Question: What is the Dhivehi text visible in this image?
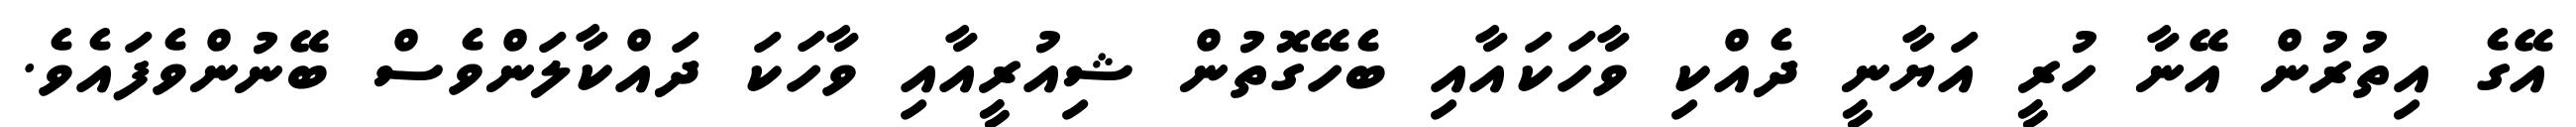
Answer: އޭގެ އިތުރުން އޭނާ ހުރީ އަޔާނީ ދެއްކި ވާހަކައާއި ބެހޭގޮތުން ޝިއުރީއާއި ވާހަކަ ދައްކާލަންވެސް ބޭނުންވެފައެވެ.